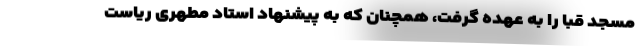
مسجد قبا را به عهده گرفت، همچنان که به پیشنهاد استاد مطهری ریاست